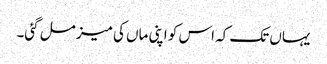
یہاں تک کہ اس کو اپنی ماں کی میز مل گئی۔